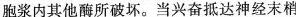
胞浆内其他酶所破坏。当兴奋抵达神经末梢